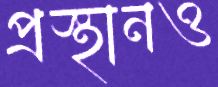
প্রস্থানও